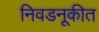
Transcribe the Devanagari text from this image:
निवडनूकीत